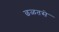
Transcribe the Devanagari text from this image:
छळतसे